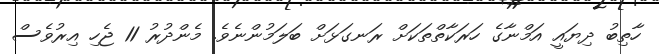
ހާތިބު ދިޔައީ އަމްނާގެ ހަރަކާތްތަކަށް ރަނގަޅަށް ބަލަމުންނެވެ. މެންދުރު 11 ޖެހި އިރުވެސް